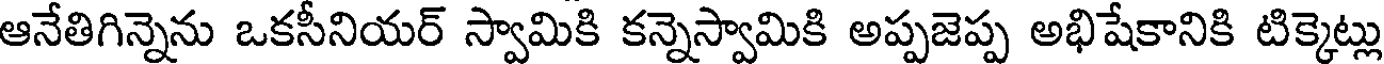
ఆనేతిగిన్నెను ఒకసీనియర్ స్వామికి కన్నెస్వామికి అప్పజెప్ప అభిషేకానికి టిక్కెట్లు